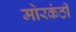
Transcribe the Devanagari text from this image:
मोरकंठी